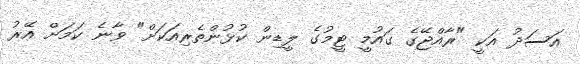
އަސަދު އަކީ "ރާއްޖޭގެ ގައުމީ ޓީމުގެ ލީޑިން ކުޅުންތެެރިއަކަށް" ވާނެ ކަމަށް އޭރު